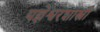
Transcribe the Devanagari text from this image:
यज्ञेश्वरशास्त्री